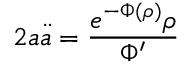
2 a \ddot { a } = \frac { e ^ { - \Phi ( \rho ) } \rho } { \Phi ^ { \prime } }